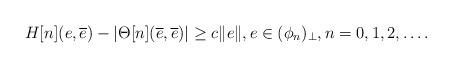
LaTeX: \begin{align*} H[n](e,\overline{e}) - |\Theta[n](\overline{e},\overline{e})| \ge c \|e\|,e\in (\phi_n)_\perp,n=0,1,2,\dots.\end{align*}